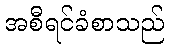
အစီရင်ခံစာသည်